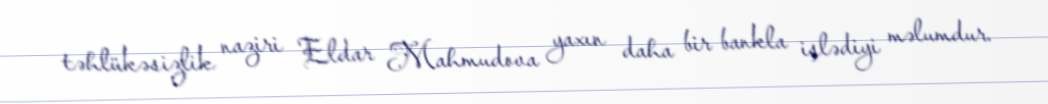
təhlükəsizlik naziri Eldar Mahmudova yaxın daha bir bankla işlədiyi məlumdur.